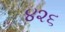
૪૨૬